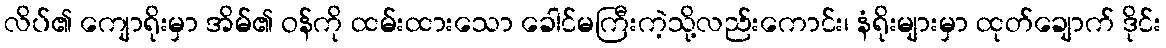
လိပ်၏ ကျောရိုးမှာ အိမ်၏ ဝန်ကို ထမ်းထားသော ခေါင်မကြီးကဲ့သို့လည်းကောင်း၊ နံရိုးများမှာ ထုတ်ချောက် ဒိုင်း